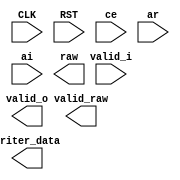
`timescale 1ns / 1ps
//////////////////////////////////////////////////////////////////////////////////
// Company: 
// Engineer: 
// 
// Design Name: 
// Module Name:    iqdemap_bpsk 
// Project Name: 
// Target Devices: 
// Tool versions: 
// Description: 
//
// Dependencies: 
//
// Revision: 
// Revision 0.01 - File Created
// Additional Comments: 
//
//////////////////////////////////////////////////////////////////////////////////
module iqdemap_bpsk(
    input CLK,
    input RST,
    input ce,
    input valid_i,
    input signed [10:0] ar,
    input signed [10:0] ai,
    output reg valid_o,
    output reg [127:0] writer_data,
    output reg valid_raw,
    output reg raw
    );


endmodule